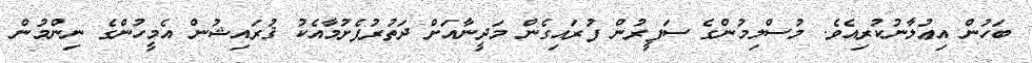
ބަހުން އިޢުލާނުކުރިއެވެ. މުސްލިމުންގެ ސަފީރުން ފުރައިގެން މަދީނާއަށް ދަތުރުފެށުމާއެކު ޤުރައިޝުން އެމީހުންގެ ނިންމުން